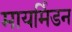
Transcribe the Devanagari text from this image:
मायर्मिडन